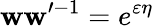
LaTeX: \mathbf{w}\mathbf{w}^{\prime-1}=e^{\varepsilon\eta}